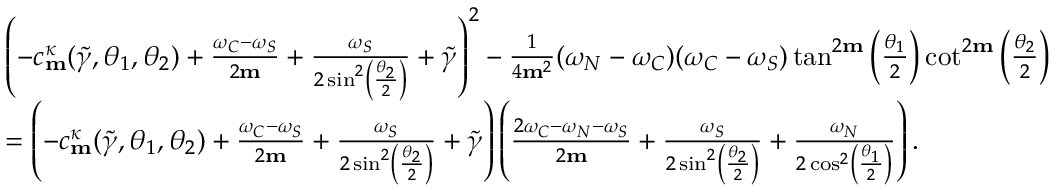
\begin{array} { r l } & { \left( - c _ { \mathbf { m } } ^ { \kappa } ( \widetilde { \gamma } , \theta _ { 1 } , \theta _ { 2 } ) + \frac { \omega _ { C } - \omega _ { S } } { 2 \mathbf { m } } + \frac { \omega _ { S } } { 2 \sin ^ { 2 } \left( \frac { \theta _ { 2 } } { 2 } \right) } + \widetilde { \gamma } \right) ^ { 2 } - \frac { 1 } { 4 \mathbf { m } ^ { 2 } } ( \omega _ { N } - \omega _ { C } ) ( \omega _ { C } - \omega _ { S } ) \tan ^ { 2 \mathbf { m } } \left( \frac { \theta _ { 1 } } { 2 } \right) \cot ^ { 2 \mathbf { m } } \left( \frac { \theta _ { 2 } } { 2 } \right) } \\ & { = \left( - c _ { \mathbf { m } } ^ { \kappa } ( \widetilde { \gamma } , \theta _ { 1 } , \theta _ { 2 } ) + \frac { \omega _ { C } - \omega _ { S } } { 2 \mathbf { m } } + \frac { \omega _ { S } } { 2 \sin ^ { 2 } \left( \frac { \theta _ { 2 } } { 2 } \right) } + \widetilde { \gamma } \right) \left( \frac { 2 \omega _ { C } - \omega _ { N } - \omega _ { S } } { 2 \mathbf { m } } + \frac { \omega _ { S } } { 2 \sin ^ { 2 } \left( \frac { \theta _ { 2 } } { 2 } \right) } + \frac { \omega _ { N } } { 2 \cos ^ { 2 } \left( \frac { \theta _ { 1 } } { 2 } \right) } \right) . } \end{array}